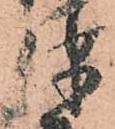
つ